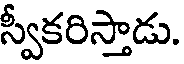
స్వీకరిస్తాడు.